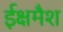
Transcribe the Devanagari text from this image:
ईक्षमैश